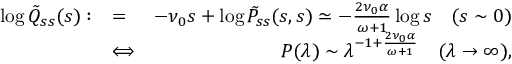
\begin{array} { r l r } { \log \tilde { Q } _ { s s } ( s ) : } & { = } & { - \nu _ { 0 } s + \log \tilde { P } _ { s s } ( s , s ) \simeq - \frac { 2 \nu _ { 0 } \alpha } { \omega + 1 } \log s \quad ( s \sim 0 ) } \\ & { \Longleftrightarrow } & { P ( \lambda ) \sim \lambda ^ { - 1 + \frac { 2 \nu _ { 0 } \alpha } { \omega + 1 } } \quad ( \lambda \rightarrow \infty ) , } \end{array}